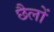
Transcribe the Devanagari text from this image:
छैलों